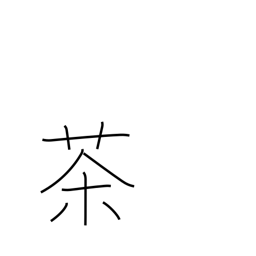
Meaning: tea